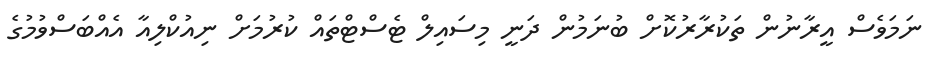
ނަމަވެސް އީރާނުން ތަކުރާރުކޮށް ބުނަމުން ދަނީ މިސައިލް ޓެސްޓްތައް ކުރުމަށް ނިއުކްލިއާ އެއްބަސްވުމުގެ